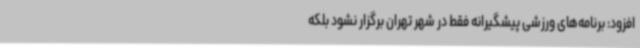
افزود: برنامه‌های ورزشی پیشگیرانه فقط در شهر تهران برگزار نشود بلکه